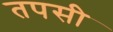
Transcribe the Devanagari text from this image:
तपसी